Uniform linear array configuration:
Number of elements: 32
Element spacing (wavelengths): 0.25
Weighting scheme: hamming
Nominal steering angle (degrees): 30
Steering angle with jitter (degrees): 28.026
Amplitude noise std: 0.05
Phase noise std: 0.05

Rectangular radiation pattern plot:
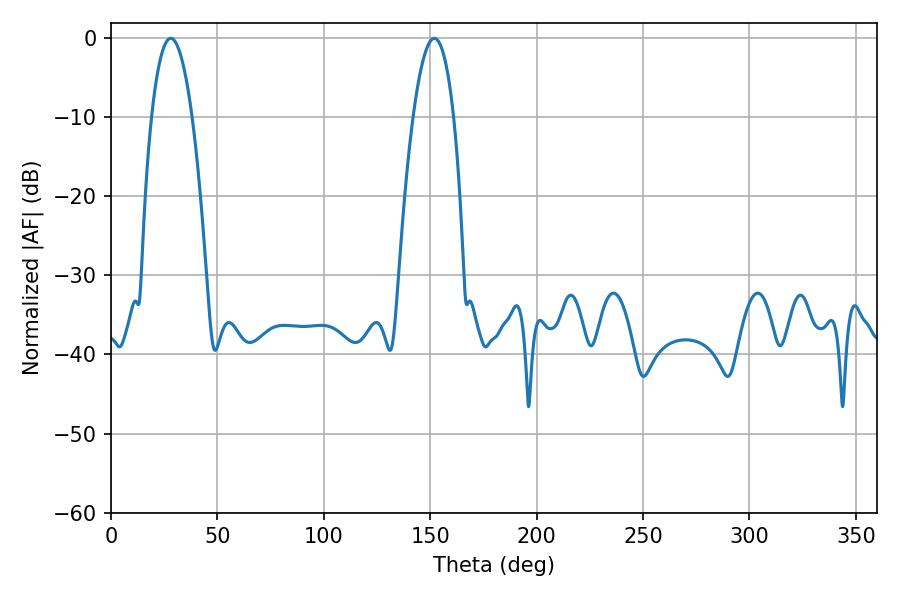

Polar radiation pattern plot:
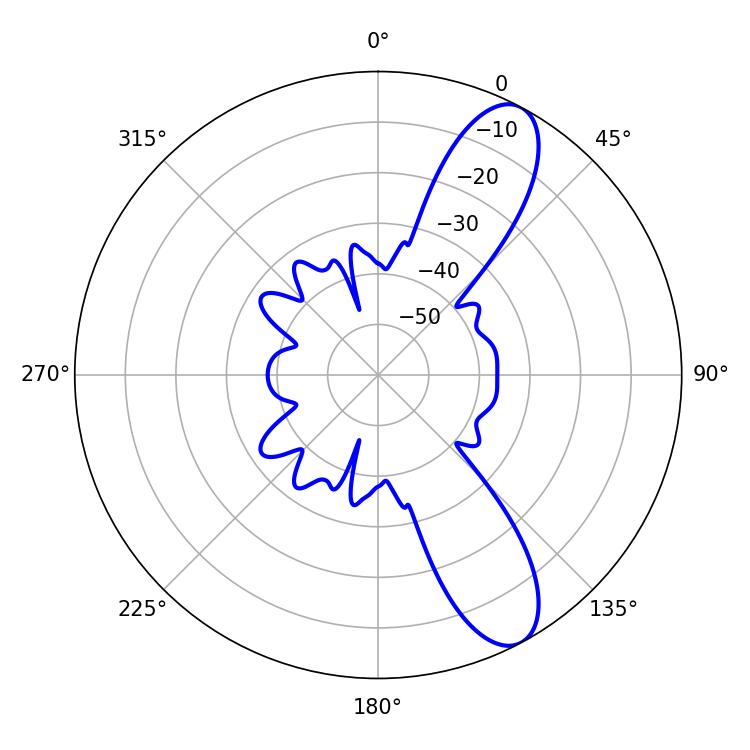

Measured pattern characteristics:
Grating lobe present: FALSE
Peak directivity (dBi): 10.301
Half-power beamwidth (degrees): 10.62
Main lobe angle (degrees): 28.08